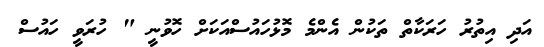
އަދި އިތުރު ހަރަކާތް ތަކުން އެންމެ މޮޅުހައުސްއަކަށް ހޮވުނީ " ހުރަވީ ހައުސް